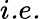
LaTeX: \textit{i.e.}